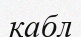
кабл